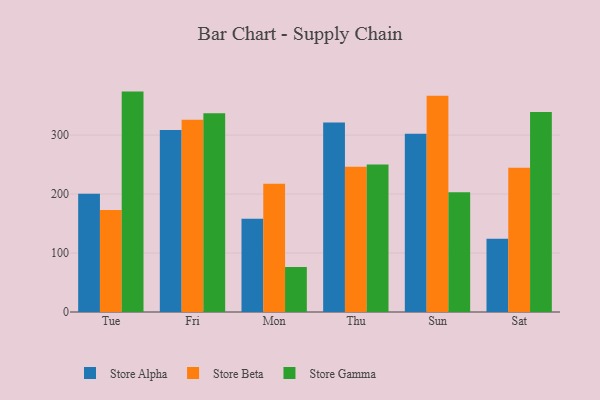
{"axis": {"x": "Day", "y": "Humidity (%)"}, "legend": ["Store Alpha", "Store Beta", "Store Gamma"], "data": [{"x": "Tue", "y": 200.6, "type": "Store Alpha"}, {"x": "Tue", "y": 172.8, "type": "Store Beta"}, {"x": "Tue", "y": 373.7, "type": "Store Gamma"}, {"x": "Fri", "y": 308.4, "type": "Store Alpha"}, {"x": "Fri", "y": 326.0, "type": "Store Beta"}, {"x": "Fri", "y": 336.9, "type": "Store Gamma"}, {"x": "Mon", "y": 158.3, "type": "Store Alpha"}, {"x": "Mon", "y": 217.5, "type": "Store Beta"}, {"x": "Mon", "y": 76.1, "type": "Store Gamma"}, {"x": "Thu", "y": 321.1, "type": "Store Alpha"}, {"x": "Thu", "y": 246.2, "type": "Store Beta"}, {"x": "Thu", "y": 250.0, "type": "Store Gamma"}, {"x": "Sun", "y": 302.4, "type": "Store Alpha"}, {"x": "Sun", "y": 366.6, "type": "Store Beta"}, {"x": "Sun", "y": 203.2, "type": "Store Gamma"}, {"x": "Sat", "y": 124.1, "type": "Store Alpha"}, {"x": "Sat", "y": 244.6, "type": "Store Beta"}, {"x": "Sat", "y": 338.9, "type": "Store Gamma"}]}